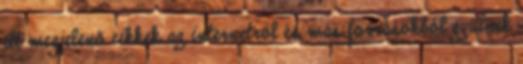
itt megjelenő cikkek az internetről és más forrásokból gyűlnek